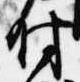
付